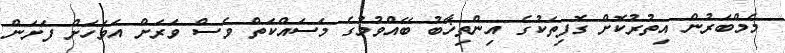
މެމްބަރުން އިތުރުކޮށް ގޮފިތަކުގެ އިންތިޚާބު ބޭއްވުމުގެ މަސައްކަތް ވެސް ވަރަށް އަވަހަށް ފަށަން